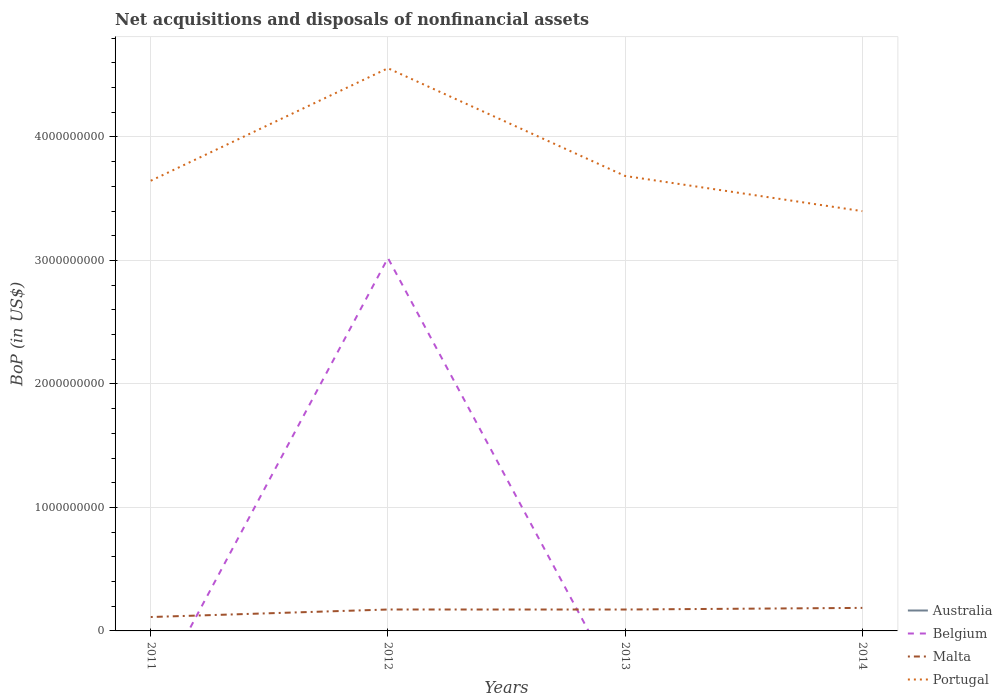
| Years | Australia | Belgium | Malta | Portugal |
 | --- | --- | --- | --- | --- |
 | 2011 | -3.6e+08 | -5.72e+08 | 1.13e+08 | 3.64e+09 |
 | 2012 | -4.09e+08 | 3.02e+09 | 1.73e+08 | 4.56e+09 |
 | 2013 | -4.61e+08 | -5.5e+08 | 1.73e+08 | 3.68e+09 |
 | 2014 | -3.58e+08 | -5.31e+08 | 1.86e+08 | 3.4e+09 |